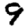
Digit: 9